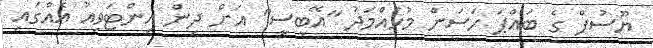
ޔޫސުފް ގެ ބައްޕަ ހަސަން މުހައްމަދު "އޭބީސީ" އަށް ދިން އިންޓަވިއު އެއްގައި